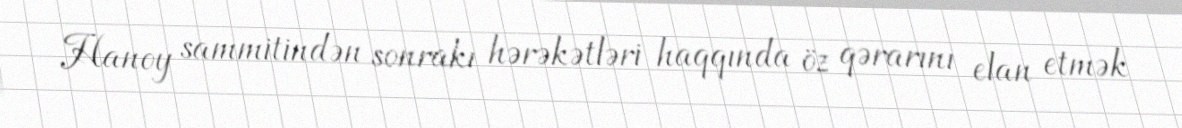
Hanoy sammitindən sonrakı hərəkətləri haqqında öz qərarını elan etmək